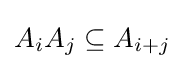
A_{i}A_{j}\subseteq A_{i+j}